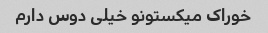
خوراک میکستونو خیلی دوس دارم